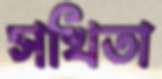
সখিতা